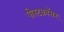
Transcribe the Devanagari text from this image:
पोस्टक्रॉसर